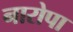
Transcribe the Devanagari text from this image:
नारोपा